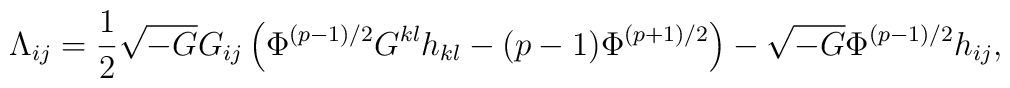
{\Lambda}_{ij}=\frac{1}{2}\sqrt{-G}G_{ij}\left({\Phi}^{(p-1)/2}G^{kl}h_{kl}-(p-1){\Phi}^{(p+1)/2}\right)-\sqrt{-G}{\Phi}^{(p-1)/2}h_{ij},